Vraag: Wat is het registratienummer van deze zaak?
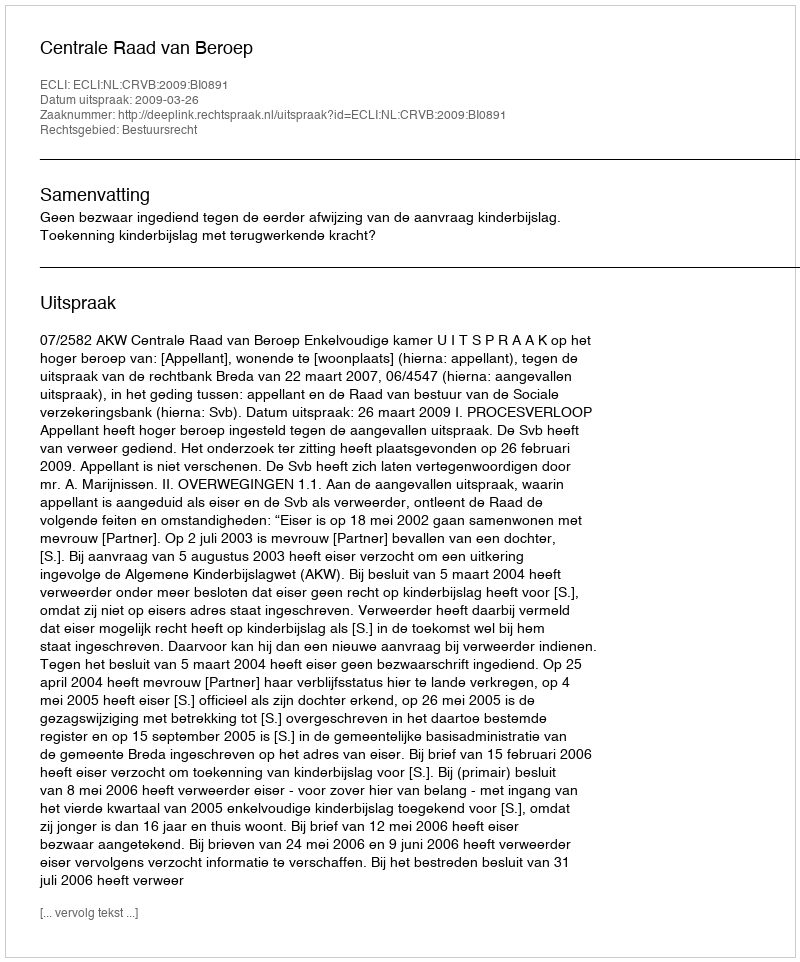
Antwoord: http://deeplink.rechtspraak.nl/uitspraak?id=ECLI:NL:CRVB:2009:BI0891